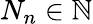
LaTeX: N_{n}\in\mathbb N